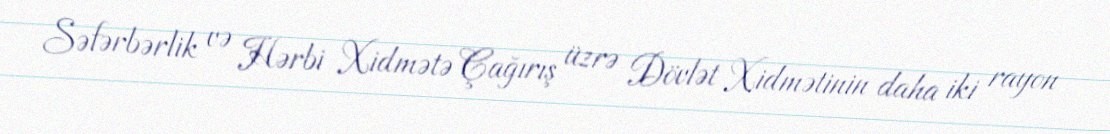
Səfərbərlik və Hərbi Xidmətə Çağırış üzrə Dövlət Xidmətinin daha iki rayon